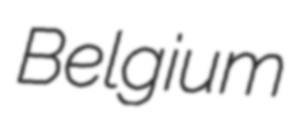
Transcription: Belgium